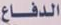
الدفاع